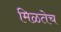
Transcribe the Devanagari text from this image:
मिळतेच